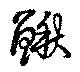
鰍